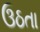
ઉઠતા